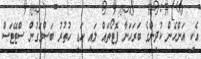
އެކި އަންހެން ކުދިންގެ ބަރަހަނާ ފޮޓޯތައް ލައި ހަޑި ހުތުރު ބަސްމަގުން ސްޓޭޓަސް